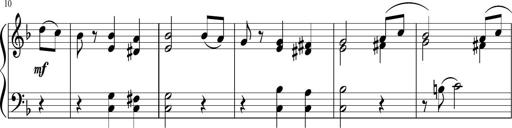
Title: 3 Sonatinen
Composer: Heinrich Lichner